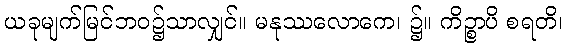
ယခုမျက်မြင်ဘဝ၌သာလျှင်။ မနုဿလောကေ၊ ၌။ ကိဉ္စာပိ စရတိ၊